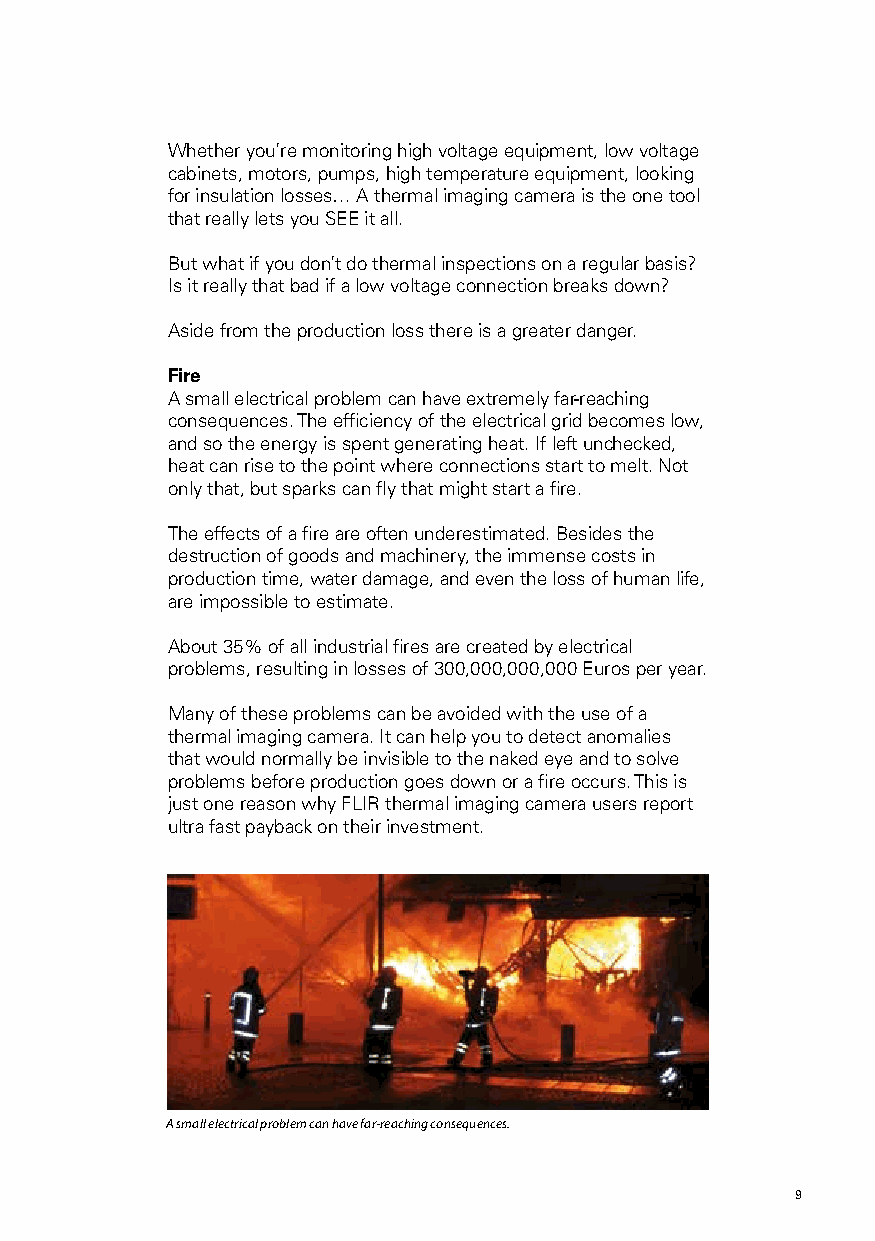
Whether you’re monitoring high voltage equipment, low voltage
 cabinets, motors, pumps, high temperature equipment, looking
 for insulation losses… A thermal imaging camera is the one tool
 that really lets you SEE it all.
 But what if you don’t do thermal inspections on a regular basis?
 Is it really that bad if a low voltage connection breaks down?
 Aside from the production loss there is a greater danger.
 Fire
 A small electrical problem can have extremely far-reaching
 consequences. The efficiency of the electrical grid becomes low,
 and so the energy is spent generating heat. If left unchecked,
 heat can rise to the point where connections start to melt. Not
 only that, but sparks can fly that might start a fire.
 The effects of a fire are often underestimated. Besides the
 destruction of goods and machinery, the immense costs in
 production time, water damage, and even the loss of human life,
 are impossible to estimate.
 About 35% of all industrial fires are created by electrical
 problems, resulting in losses of 300,000,000,000 Euros per year.
 Many of these problems can be avoided with the use of a
 thermal imaging camera. It can help you to detect anomalies
 that would normally be invisible to the naked eye and to solve
 problems before production goes down or a fire occurs. This is
 just one reason why FLIR thermal imaging camera users report
 ultra fast payback on their investment.
 A small electrical problem can have far-reaching consequences.
 8                                                    9